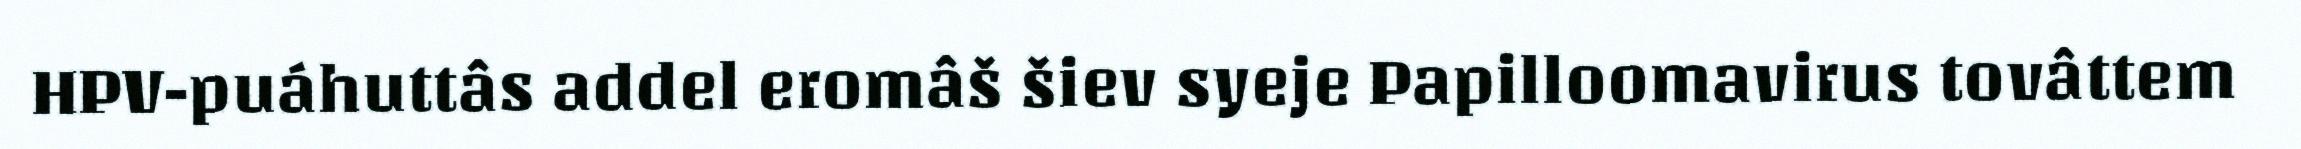
HPV-puáhuttâs addel eromâš šiev syeje Papilloomavirus tovâttem